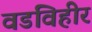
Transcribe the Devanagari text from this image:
वडविहीर